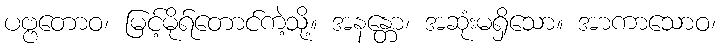
ပဗ္ဗတောဝ၊ မြင့်မိုရ်တောင်ကဲ့သို့။ အနန္တော၊ အဆုံးမရှိသော။ အာကာသောဝ၊